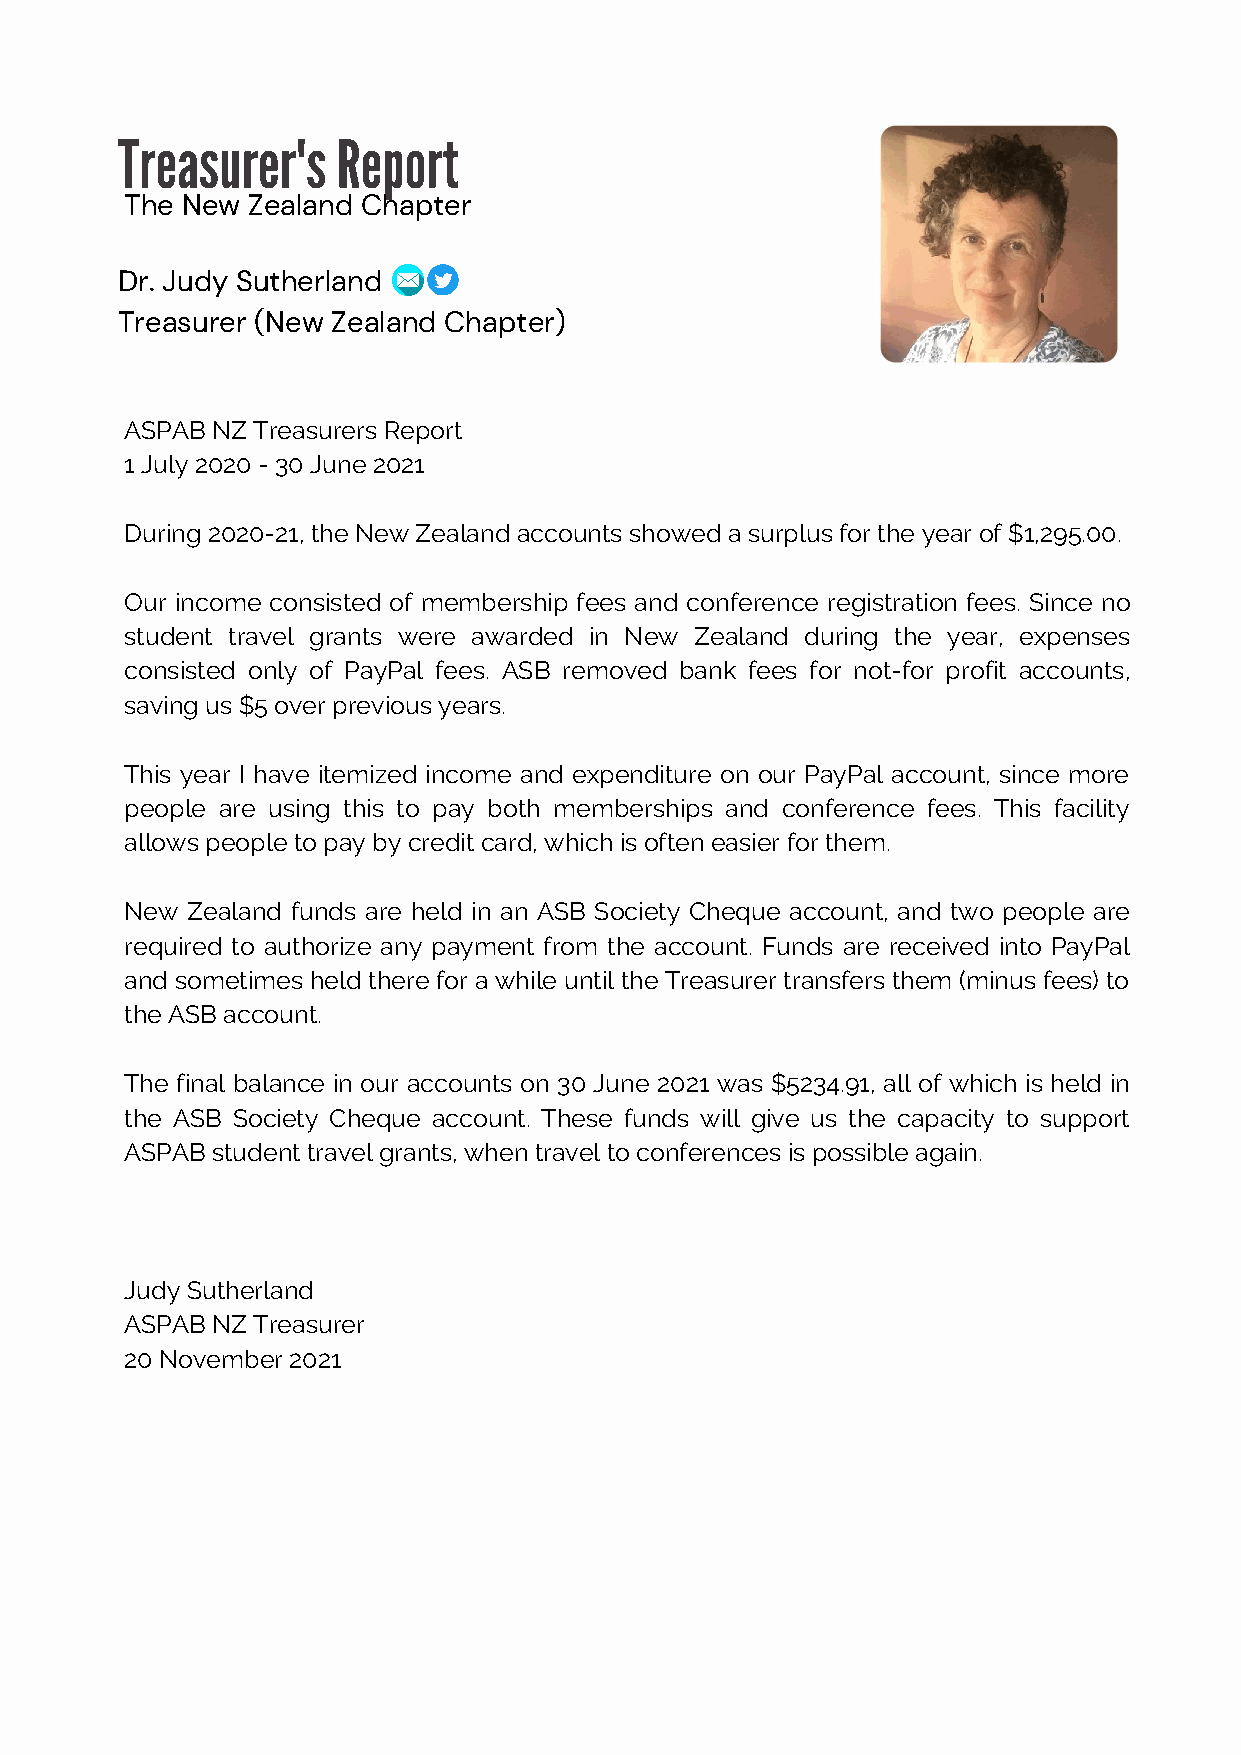
Treasurer's   Report
 The New Zealand Chapter
 Dr. Judy Sutherland
 Treasurer (New Zealand Chapter)
 ASPAB NZ Treasurers Report
 1 July 2020 - 30 June 2021
 During 2020-21, the New Zealand accounts showed a surplus for the year of $1,295.00.
 Our income consisted of membership fees and conference registration fees. Since no
 student travel grants were awarded in New Zealand during the year, expenses
 consisted only of PayPal fees. ASB removed bank fees for not-for profit accounts,
 saving us $5 over previous years.
 This year I have itemized income and expenditure on our PayPal account, since more
 people are using this to pay both memberships and conference fees. This facility
 allows people to pay by credit card, which is often easier for them.
 New Zealand funds are held in an ASB Society Cheque account, and two people are
 required to authorize any payment from the account. Funds are received into PayPal
 and sometimes held there for a while until the Treasurer transfers them (minus fees) to
 the ASB account.
 The final balance in our accounts on 30 June 2021 was $5234.91, all of which is held in
 the ASB Society Cheque account. These funds will give us the capacity to support
 ASPAB student travel grants, when travel to conferences is possible again.
 Judy Sutherland
 ASPAB NZ Treasurer
 20 November 2021